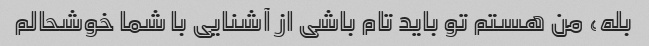
بله، من هستم تو باید تام باشی از آشنایی با شما خوشحالم